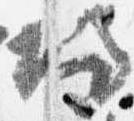
帰